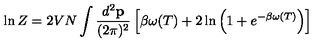
\ln Z = 2 V N \int { \frac { d ^ { 2 } { \bf p } } { ( 2 \pi ) ^ { 2 } } } \left[ \beta \omega ( T ) + 2 \ln \left( 1 + e ^ { - \beta \omega ( T ) } \right) \right]